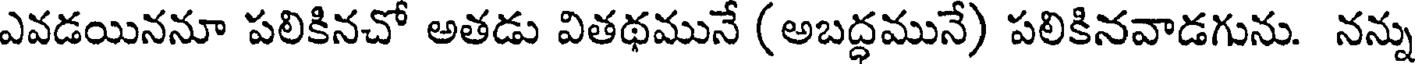
ఎవడయిననూ పలికినచో అతడు వితథమునే (అబద్ధమునే) పలికినవాడగును. నన్ను